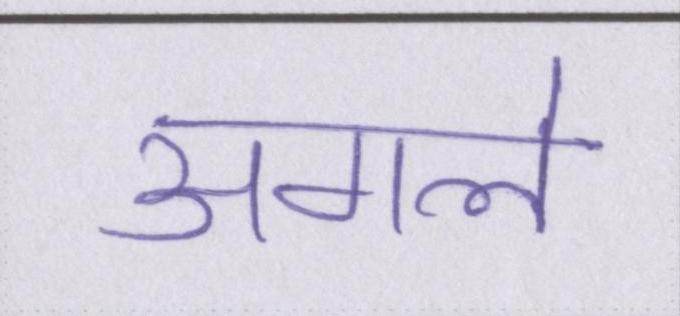
अगले